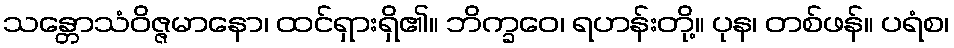
သန္တောသံဝိဇ္ဇမာနော၊ ထင်ရှားရှိ၏။ ဘိက္ခဝေ၊ ရဟန်းတို့။ ပုန၊ တစ်ဖန်။ ပရံစ၊